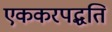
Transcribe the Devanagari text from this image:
एककरपद्धति